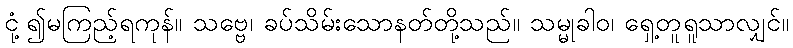
ငုံ့၍မကြည့်ရကုန်။ သဗ္ဗေ၊ ခပ်သိမ်းသောနတ်တို့သည်။ သမ္မုခါဝ၊ ရှေ့တူရူသာလျှင်။